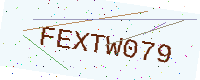
Text: FEXTW079